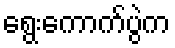
ရွေးကောက်ပွဲက